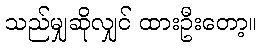
သည်မျှဆိုလျှင် ထားဦးတော့။